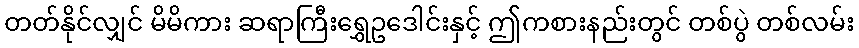
တတ်နိုင်လျှင် မိမိကား ဆရာကြီးရွှေဥဒေါင်းနှင့် ဤကစားနည်းတွင် တစ်ပွဲ တစ်လမ်း